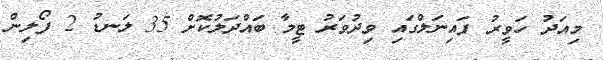
މިއަދު ހަވީރު ފައިނަލްގައި ވިދުވަރު ޓީމާ ބައްދަލުކޮށް 35 ލަނޑު 2 ފޯލިން